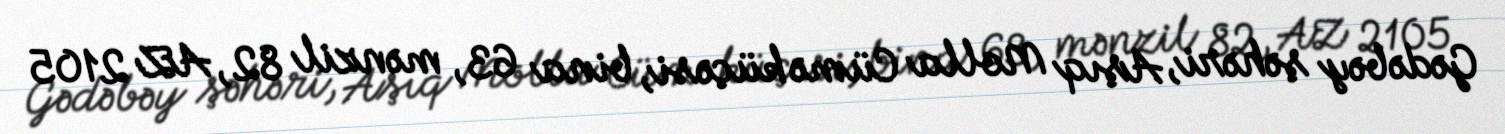
Gədəbəy şəhəri, Aşıq Molla Cümə küçəsi, bina 63, mənzil 82, AZ 2105